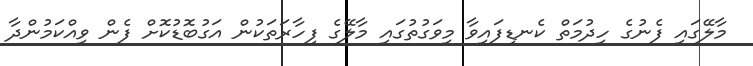
މާލޭގައި ފެނުގެ ހިދުމަތް ކެނޑިފައިވާ މިވަގުތުގައި މާލޭގެ ފިހާރަތަކުން އަގުބޮޑުކޮށް ފެން ވިއްކަމުންދާ